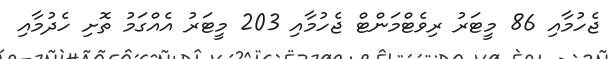
ޖެހުމާއި 86 މީޓަރު ރިވެޓްމަންޓް ޖެހުމާއި 203 މީޓަރު އެއްގަމު ތޮށި ހެދުމާއި